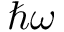
\hbar \omega